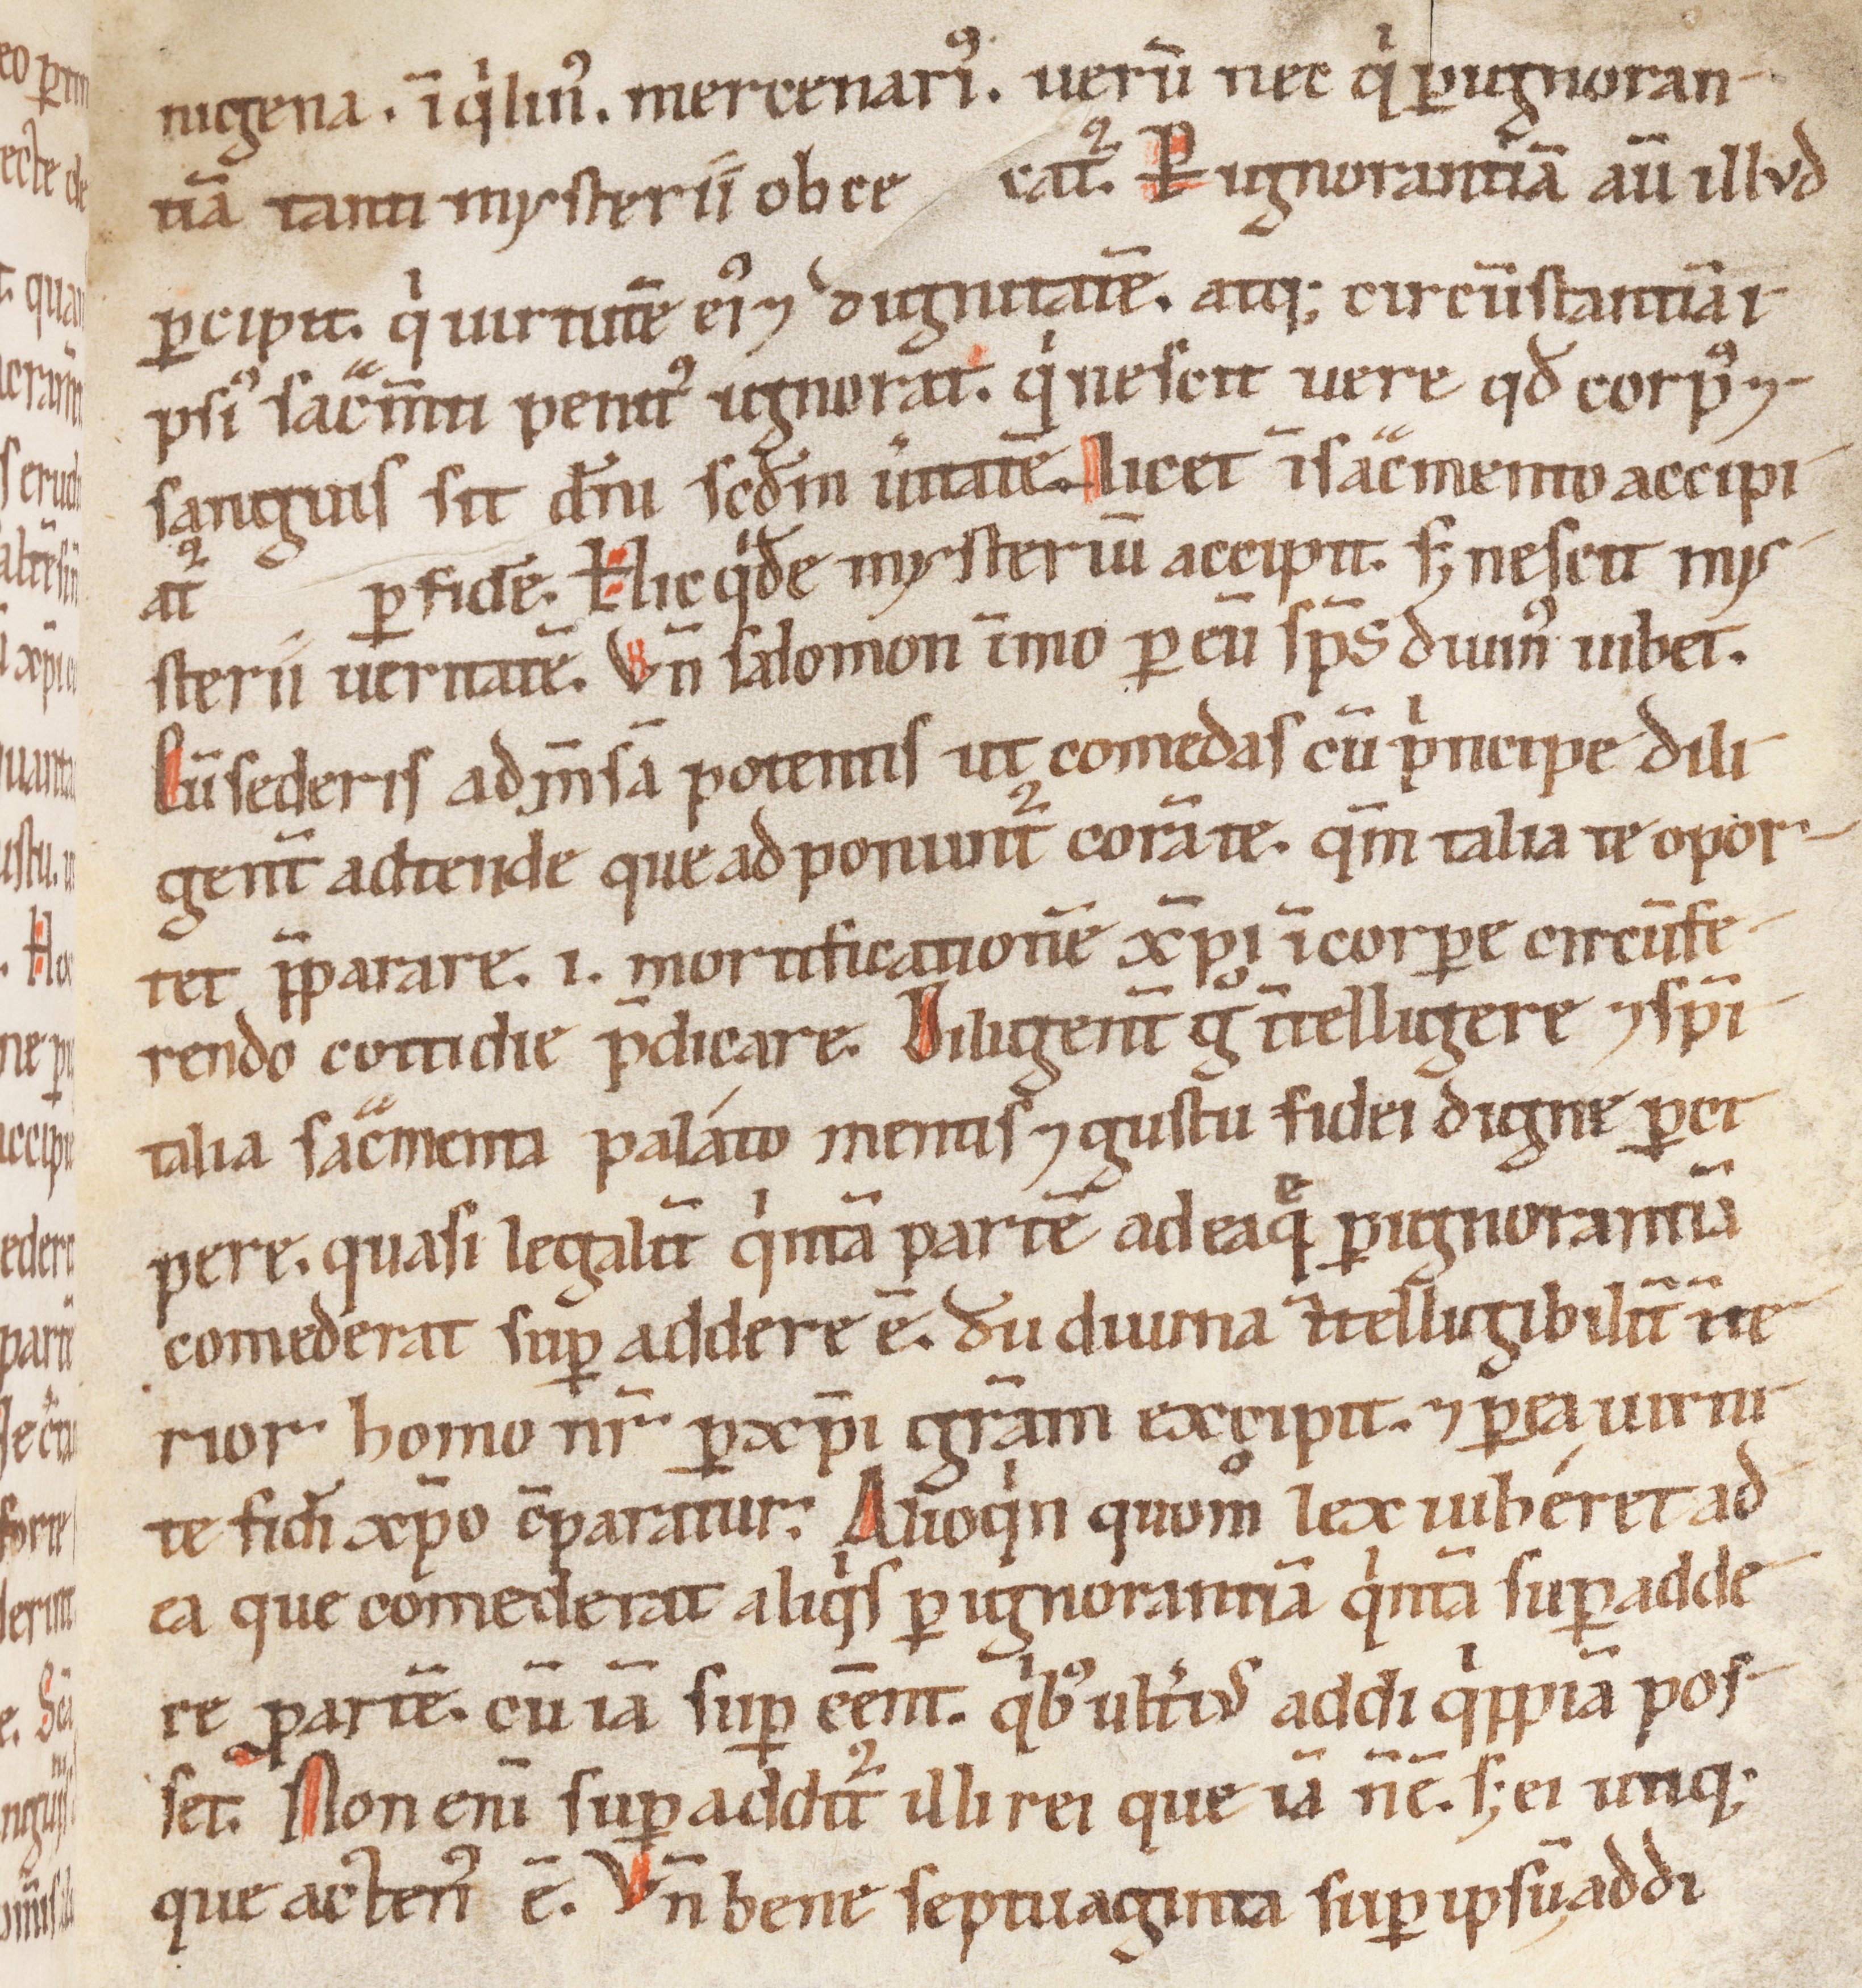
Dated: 1100–1199